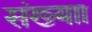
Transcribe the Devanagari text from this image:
संख्याा